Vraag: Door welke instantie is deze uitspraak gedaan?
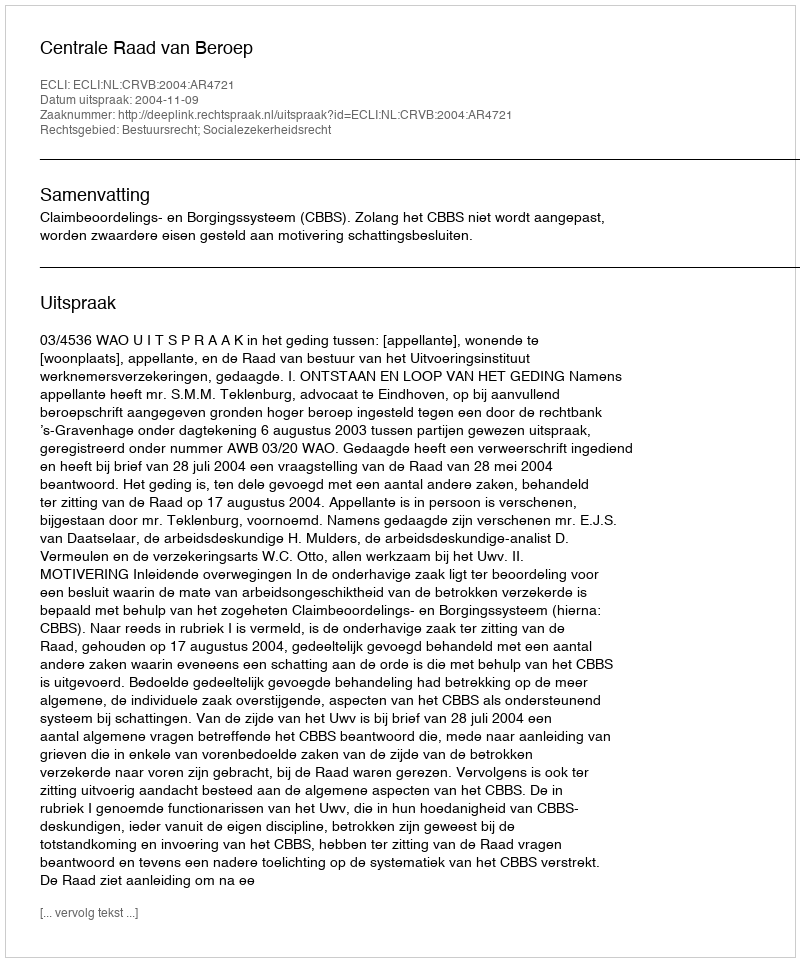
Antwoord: Centrale Raad van Beroep